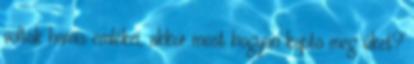
voltak hamis emlékei, akkor most hogyan kapta meg őket?